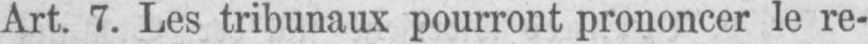
Art. 7. Les tribunaux pourront prononcer le re-